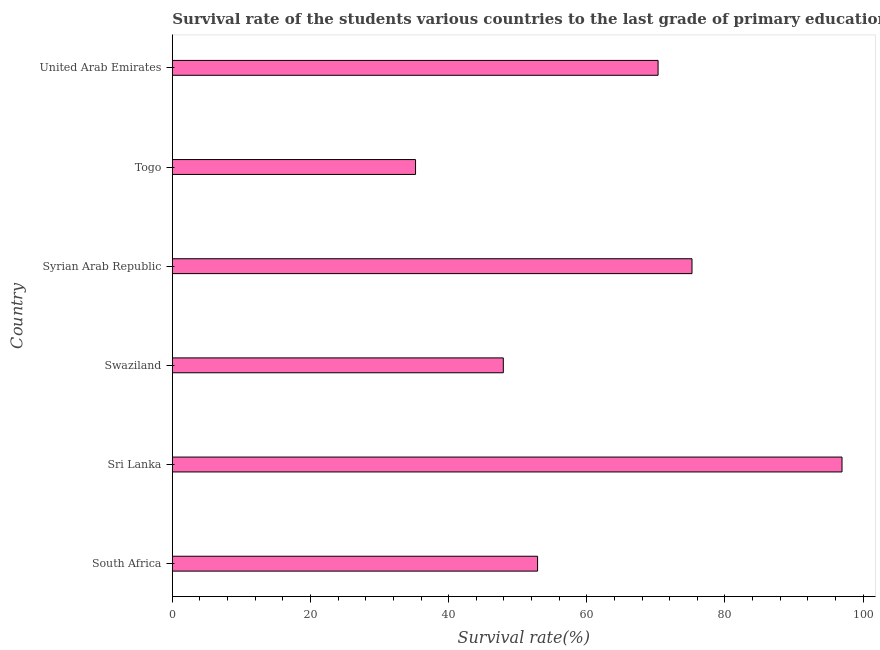
| Country | Primary Education |
 | --- | --- |
 | South Africa | 52.9 |
 | Sri Lanka | 96.9 |
 | Swaziland | 47.9 |
 | Syrian Arab Republic | 75.2 |
 | Togo | 35.2 |
 | United Arab Emirates | 70.3 |